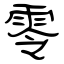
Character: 零